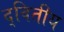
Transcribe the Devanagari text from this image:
द्‌वितीय